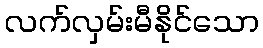
လက်လှမ်းမီနိုင်သော